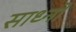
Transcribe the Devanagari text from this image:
साध्नों